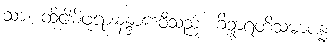
သာ၊ ထိုငါမိဖုရားနန္ဒာဒေဝီသည်။ ခိဍ္ဍာရတိသမာပန္နံ၊